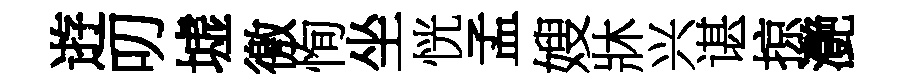
逰叨墟徼恂坐恍孟嫂牀兴谌掠灔